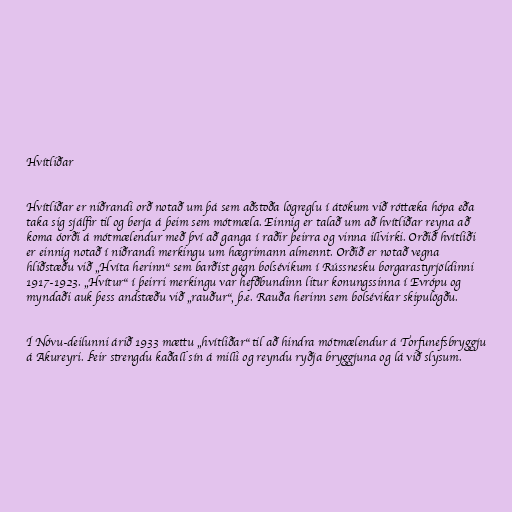
Hvítliðar

Hvítliðar er niðrandi orð notað um þá sem aðstoða lögreglu í átökum við róttæka hópa eða
taka sig sjálfir til og berja á þeim sem mótmæla. Einnig er talað um að hvítliðar reyna að
koma óorði á mótmælendur með því að ganga í raðir þeirra og vinna illvirki. Orðið hvítliði
er einnig notað í niðrandi merkingu um hægrimann almennt. Orðið er notað vegna
hliðstæðu við „Hvíta herinn“ sem barðist gegn bolsévikum í Rússnesku borgarastyrjöldinni
1917-1923. „Hvítur“ í þeirri merkingu var hefðbundinn litur konungssinna í Evrópu og
myndaði auk þess andstæðu við „rauður“, þ.e. Rauða herinn sem bolsévikar skipulögðu.

Í Nóvu-deilunni árið 1933 mættu „hvítliðar“ til að hindra mótmælendur á Torfunefsbryggju
á Akureyri. Þeir strengdu kaðall sín á milli og reyndu ryðja bryggjuna og lá við slysum.